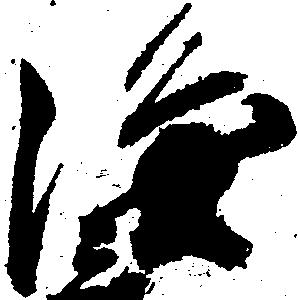
隆